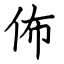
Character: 佈